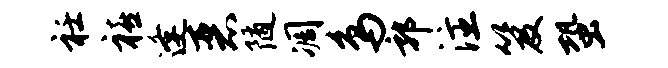
衽禧逢恶随凋鸟郭注笈蛩